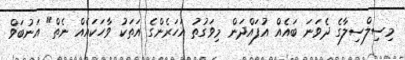
މިސިލްސިލާގެ ދެވަނަ ބައެއް އުފައްދަން މިވަގުތު އަހަރެންގެ އަތަކު ވާހަކައެއް ނެތް" އަނުބަވް